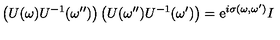
\left( U ( \omega ) U ^ { - 1 } ( \omega ^ { \prime \prime } ) \right) \left( U ( \omega ^ { \prime \prime } ) U ^ { - 1 } ( \omega ^ { \prime } ) \right) = \mathrm { e } ^ { i \sigma ( \omega , \omega ^ { \prime } ) } I